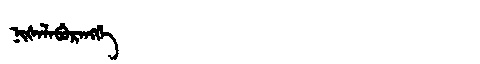
Manchu: ᠨᡳᡧᠠᠯᠠᠪᡠᡵᠠᠩᡤᡝ
Romanization: NIŠALABURANGGE